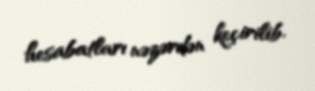
hesabatları nəzərdən keçirilib.